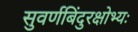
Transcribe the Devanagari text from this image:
सुवर्णबिंदुरक्षोभ्यः